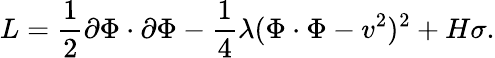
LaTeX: L={\frac{1}{2}}\partial\Phi\cdot\partial\Phi-{\frac{1}{4}}\lambda(\Phi\cdot\Phi-v^{2})^{2}+H\sigma.